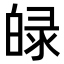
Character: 𤽺